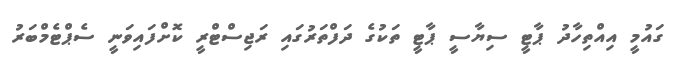
ގައުމީ އިއްތިހާދު ޕާޓީ ސިޔާސީ ޕާޓީ ތަކުގެ ދަފްތަރުގައި ރަޖިސްޓްރީ ކޮށްފައިވަނީ ސެޕްޓެމްބަރު